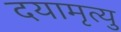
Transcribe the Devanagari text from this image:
दयामृत्यु